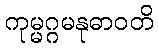
ကုမ္မဂ္ဂမနုဓာဝတိ